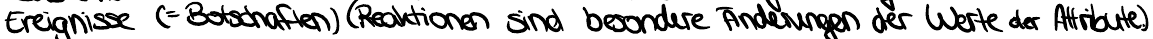
Ereignisse (=Botschaften) (Reaktionen sind besondere Änderungen der Werte der Attribute)